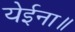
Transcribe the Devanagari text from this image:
येईना॥